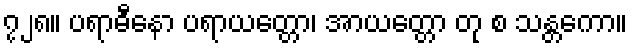
၇၂၈။ ပရာဓီနော ပရာယတ္တော၊ အာယတ္တော တု စ သန္တကော။